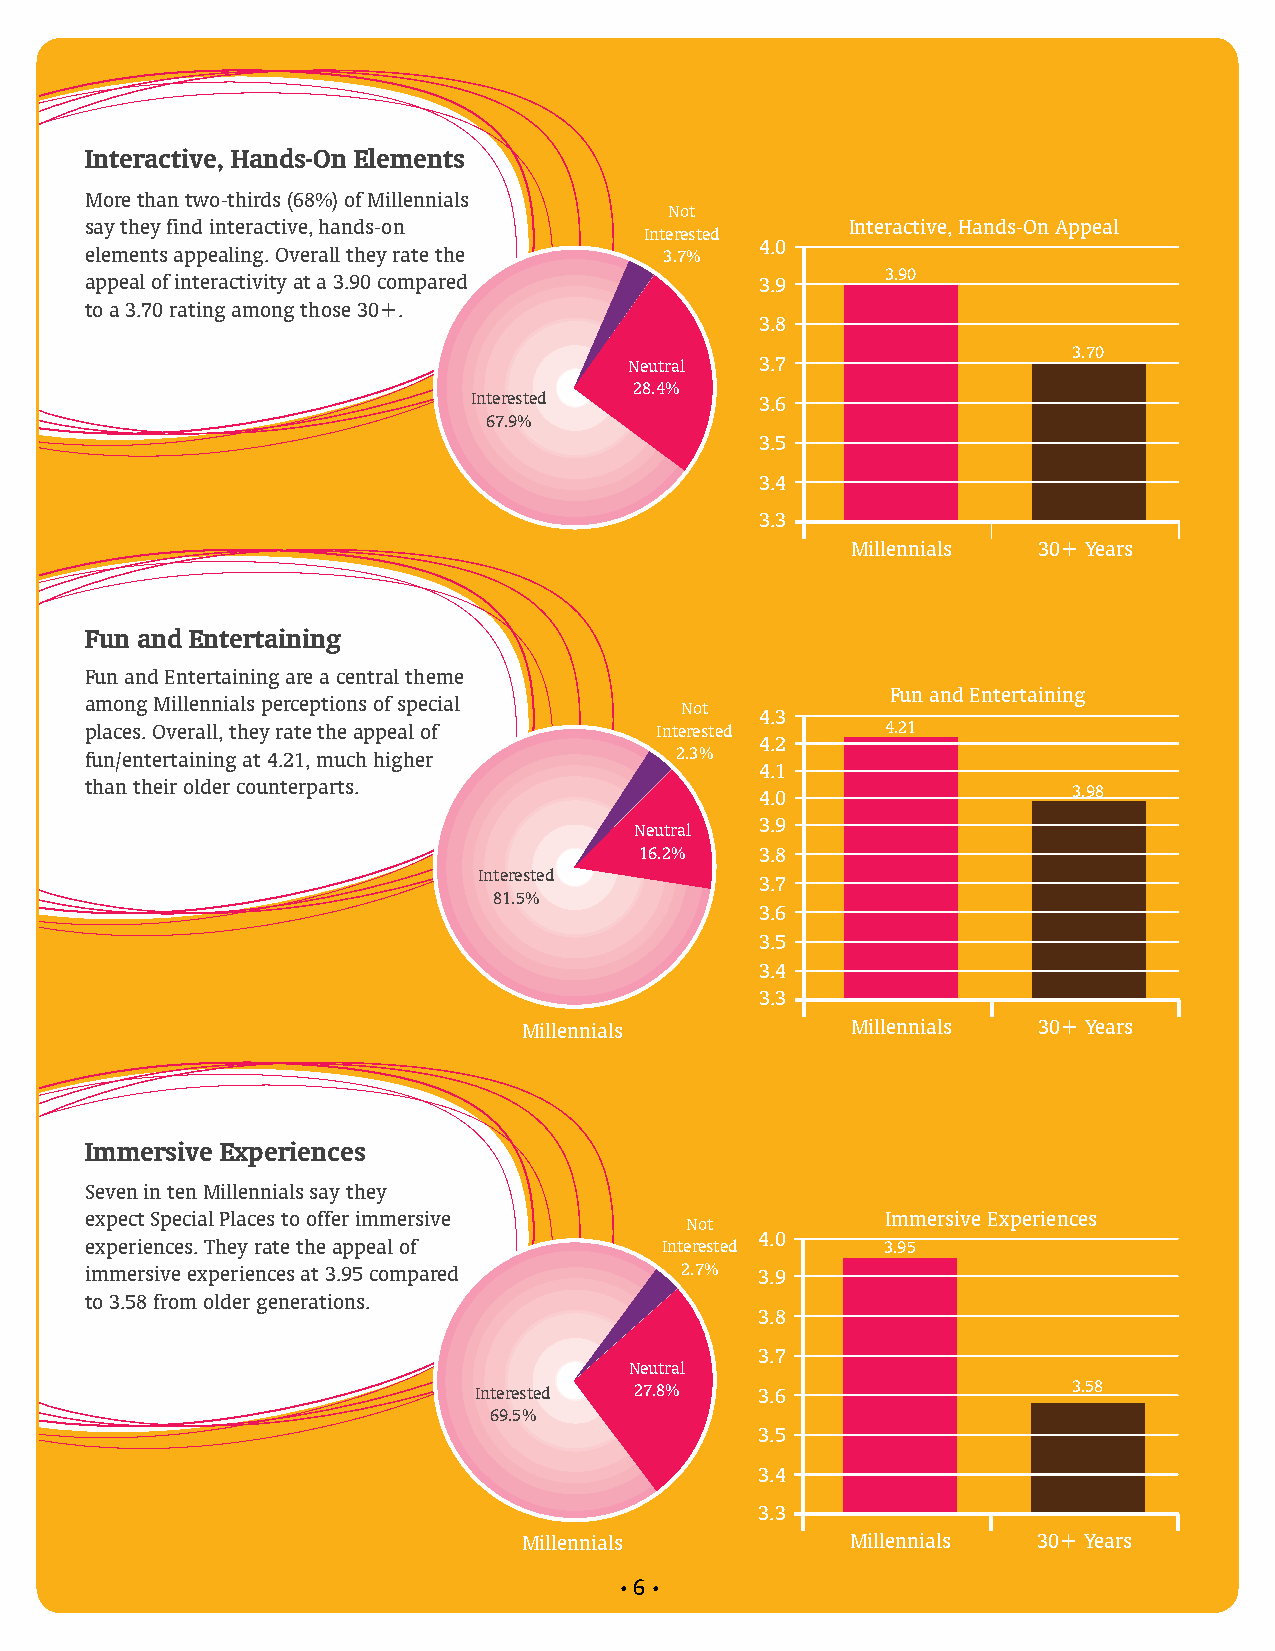
Interactive, Hands-On Elements
 More than two-thirds (68%) of Millennials
 Not
 say they find interactive, hands-on               Interactive, Hands-On Appeal
 Interested
 4.0
 elements appealing. Overall they rate the 3.7%
 appeal of interactivity at a 3.90 compared  3.9      3.90
 to a 3.70 rating among those 30+.
 3.8
 3.70
 Neutral 3.7
 28.4%
 Interested         3.6
 67.9%
 3.5
 3.4
 3.3
 Millennials  30+ Years
 Fun and Entertaining
 Fun and Entertaining are a central theme
 Fun and Entertaining
 among Millennials perceptions of special Not
 4.3
 places. Overall, they rate the appeal of Interested  4.21
 4.2
 fun/entertaining at 4.21, much higher  2.3%
 4.1
 than their older counterparts.              4.0                  3.98
 3.9
 Neutral
 16.2%   3.8
 Interested
 3.7
 81.5%
 3.6
 3.5
 3.4
 3.3
 Millennials          Millennials  30+ Years
 Immersive Experiences
 Seven in ten Millennials say they
 expect Special Places to offer immersive             Immersive Experiences
 Not
 4.0
 experiences. They rate the appeal of  Interested     3.95
 immersive experiences at 3.95 compared 2.7% 3.9
 to 3.58 from older generations.
 3.8
 3.7
 Neutral
 Interested 27.8%   3.6                  3.58
 69.5%
 3.5
 3.4
 3.3
 Millennials          Millennials  30+ Years
 6
 • •